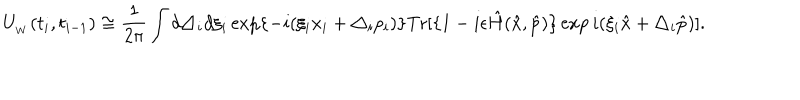
LaTeX: U _ { _ W } ( t _ { i } , t _ { i - 1 } ) \cong \frac { 1 } { 2 \pi } \int d \triangle _ { i } d \xi _ { i } \exp \{ - i ( \xi _ { i } x _ { i } + \triangle _ { i } p _ { i } ) \} \textrm { T r } [ \{ 1 - i \epsilon \hat { H } ( \hat { x } , \hat { p } ) \} \exp i ( \xi _ { i } \hat { x } + \triangle _ { i } \hat { p } ) ] .